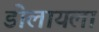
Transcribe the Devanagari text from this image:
डोलायला